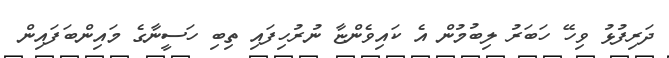
ދަރިފުޅު ވިހޭ ހަބަރު ލިބުމުން އެ ކައިވެންޏާ ނުރުހިފައި ތިބި ހަސީނާގެ މައިންބަފައިން